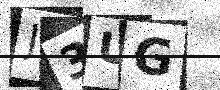
Text: J3UG